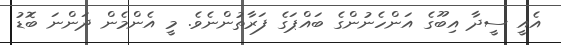
އެއީ ސީދާ އިބޫގެ އަންހެނުންގެ ބައްޕަގެ ފަރާތުންނެވެ. މީ އެންމެން ދަންނަ ބޮޑު